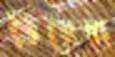
ভিয়েরা